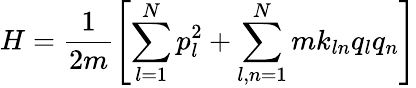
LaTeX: H=\frac{1}{2m}\left[\sum_{l=1}^{N}p_{l}^{2}+\sum_{l,n=1}^{N}mk_{ln}q_{l}q_{n}\right]